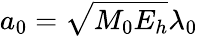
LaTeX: a_{0}=\sqrt{M_{0}E_{h}}\lambda_{0}